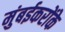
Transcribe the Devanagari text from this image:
मुंबईकरोंके